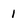
Character: 1